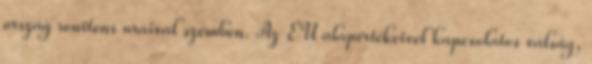
ország renitens uraival szemben. Az EU alapértékeivel kapcsolatos válság,